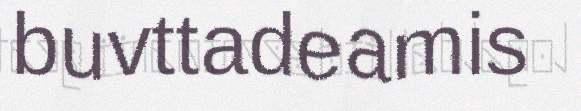
buvttadeamis